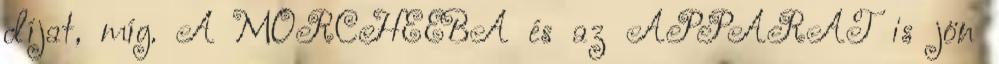
díjat, míg. A MORCHEEBA és az APPARAT is jön